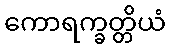
ကောရက္ခတ္တိယံ